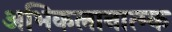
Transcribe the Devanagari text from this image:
अभिकलानात्म्क